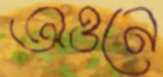
অওনে